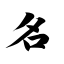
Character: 名